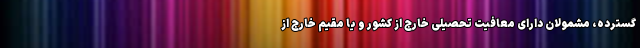
گسترده، مشمولان دارای معافیت تحصیلی خارج از کشور و یا مقیم خارج از